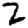
Digit: 2